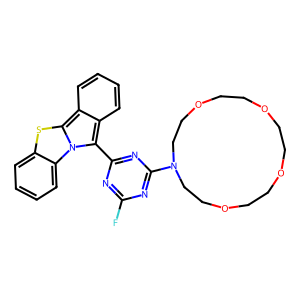
SMILES: Fc1nc(-c2c3ccccc3c3sc4ccccc4n23)nc(N2CCOCCOCCOCCOCC2)n1
Inhibits HIV replication: No